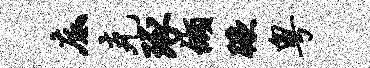
底克琢缬蹶粤